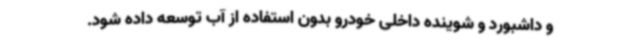
و داشبورد و شوینده داخلی خودرو بدون استفاده از آب توسعه داده شود.